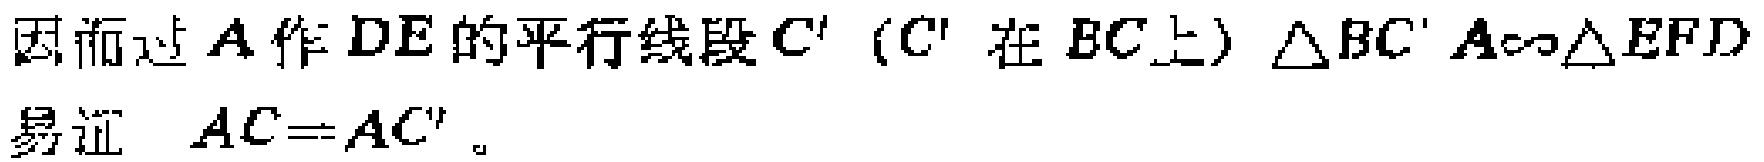
因而过 \(A\) 作 \(DE\) 的平行线段 \(C'\)（\(C'\) 在 \(BC\) 上）\(\triangle BC'A\sim\triangle EFD\)
易证 \(AC = AC'\)。